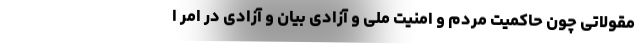
مقولاتی چون حاکمیت مردم و امنیت ملی و آزادی بیان و آزادی در امر ا